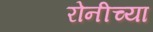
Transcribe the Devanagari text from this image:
रोनीच्या